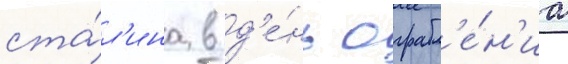
ста́л'ина в д'е́нь ограбл'е́н'иа